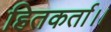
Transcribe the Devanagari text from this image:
हितकर्ता।।